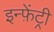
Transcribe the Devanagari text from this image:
इन्फ़ेंट्री